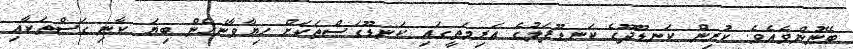
ބޭނުންވެއެވެ. ކުރިން ކަނޑޫދޫގެ ކަނޑޫފަލުގެ އަރިމަތީގައި ކަނޑޫގަސްތަކަށް ހިޔާވާނެހެން ބިޔަ ކާނި ގަސްތަކާއި